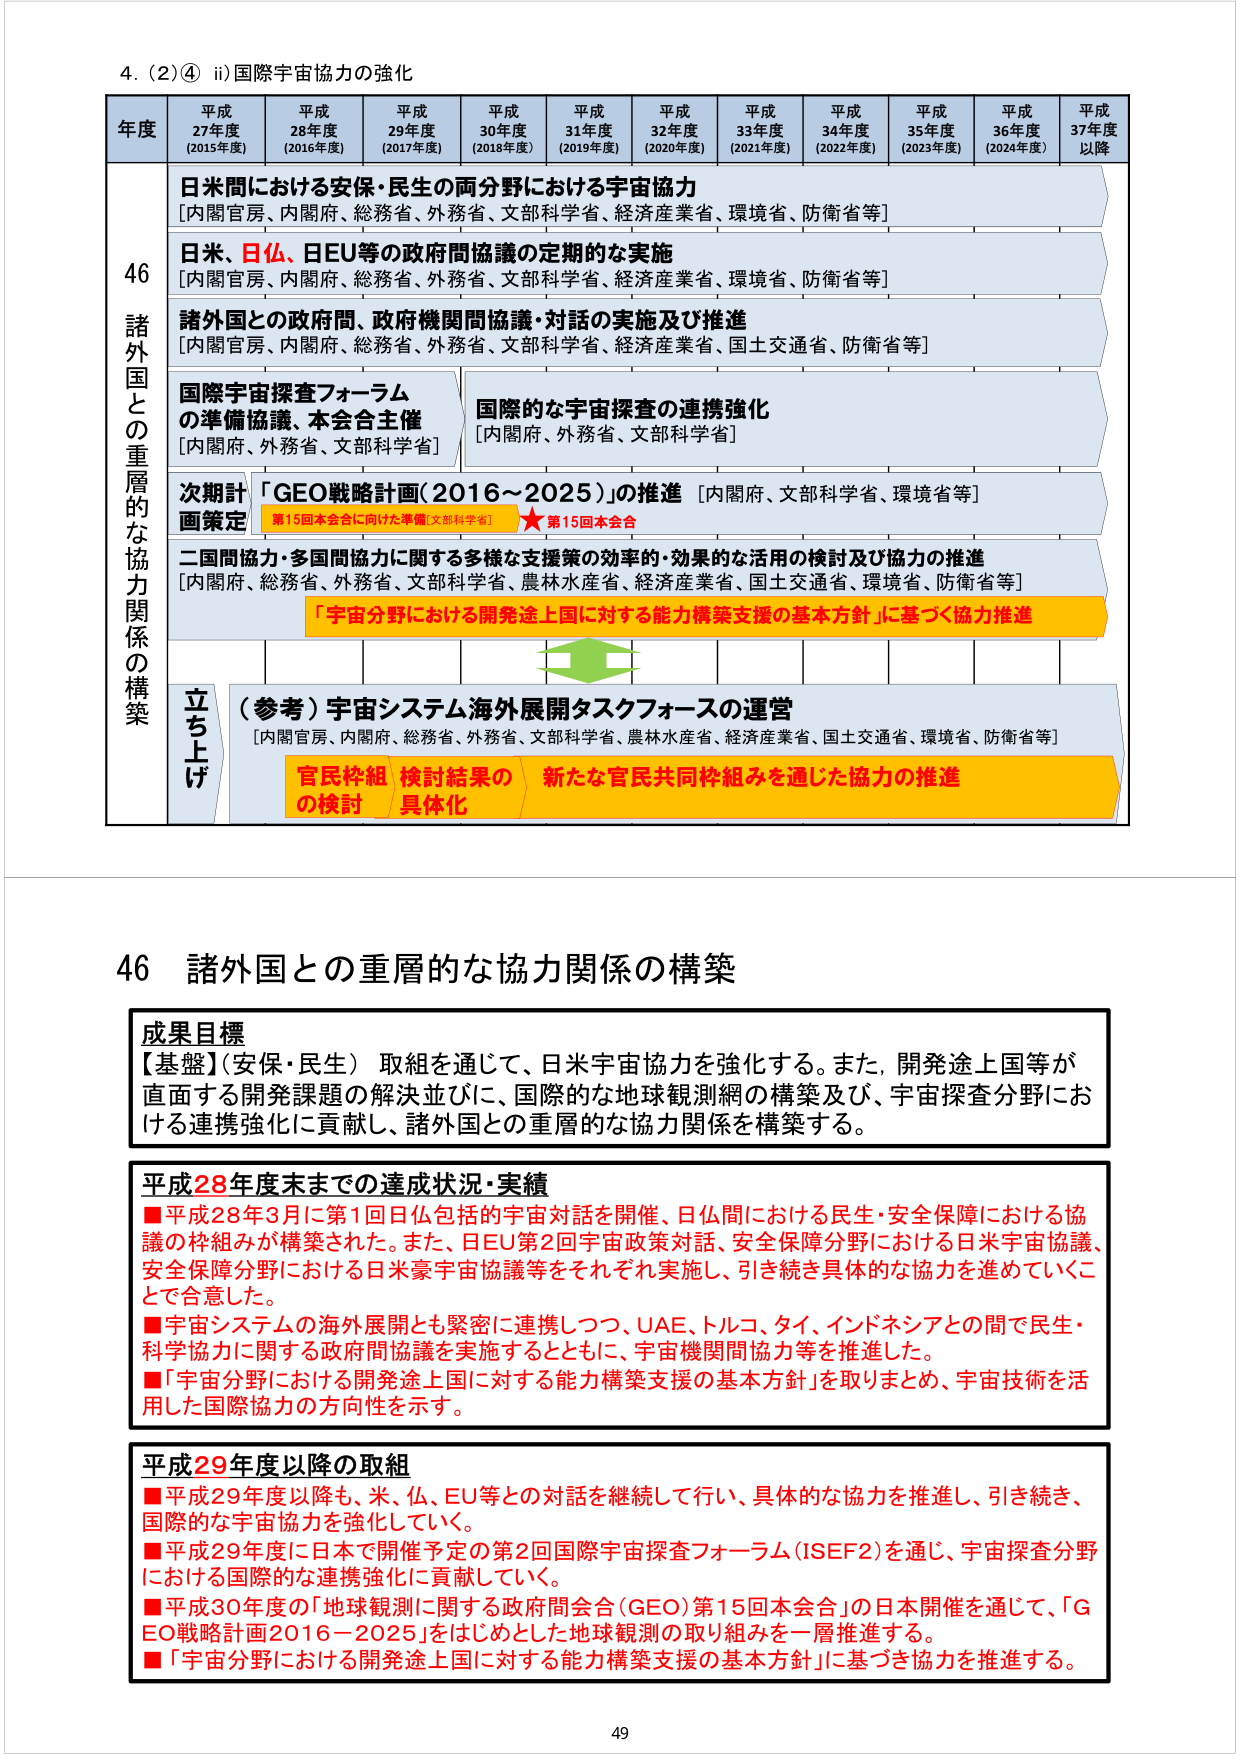
4. (2)④ ii) 国際宇宙協力の強化

年度 平成27年度 (2015年度) 平成28年度 (2016年度) 平成29年度 (2017年度) 平成30年度 (2018年度) 平成31年度 (2019年度) 平成32年度 (2020年度) 平成33年度 (2021年度) 平成34年度 (2022年度) 平成35年度 (2023年度) 平成36年度 (2024年度) 平成37年度以降

46 諸外国との重層的な協力関係の構築

日米間における安保・民生の両分野における宇宙協力 [内閣官房、内閣府、総務省、外務省、文部科学省、経済産業省、環境省、防衛省等]

日米、日仏、日EU等の政府間協議の定期的な実施 [内閣官房、内閣府、総務省、外務省、文部科学省、経済産業省、環境省、防衛省等]

諸外国との政府間、政府機関間協議・対話の実施及び推進 [内閣官房、内閣府、総務省、外務省、文部科学省、経済産業省、国土交通省、防衛省等]

国際宇宙探査フォーラムの準備協議、本会合主催 [内閣府、外務省、文部科学省]

国際的な宇宙探査の連携強化 [内閣府、外務省、文部科学省]

次期計画策定 「GEO戦略計画(2016～2025)」の推進 [内閣府、文部科学省、環境省等] 第15回本会合に向けた準備[文部科学省] ★第15回本会合

二国間協力・多国間協力に関する多様な支援策の効率的・効果的な活用の検討及び協力の推進 [内閣府、総務省、外務省、文部科学省、農林水産省、経済産業省、国土交通省、環境省、防衛省等] 「宇宙分野における開発途上国に対する能力構築支援の基本方針」に基づく協力推進

立ち上げ （参考）宇宙システム海外展開タスクフォースの運営 [内閣官房、内閣府、総務省、外務省、文部科学省、農林水産省、経済産業省、国土交通省、環境省、防衛省等] 官民枠組の検討 検討結果の具体化 新たな官民共同枠組みを通じた協力の推進

46 諸外国との重層的な協力関係の構築

成果目標
【基盤】(安保・民生) 取組を通じて、日米宇宙協力を強化する。また、開発途上国等が直面する開発課題の解決並びに、国際的な地球観測網の構築及び、宇宙探査分野における連携強化に貢献し、諸外国との重層的な協力関係を構築する。

平成28年度末までの達成状況・実績
■平成28年3月に第1回日仏包括的宇宙対話を開催、日仏間における民生・安全保障における協議の枠組みが構築された。また、日EU第2回宇宙政策対話、安全保障分野における日米宇宙協議、安全保障分野における日米豪宇宙協議等をそれぞれ実施し、引き続き具体的な協力を進めていくことで合意した。
■宇宙システムの海外展開とも緊密に連携しつつ、UAE、トルコ、タイ、インドネシアとの間で民生・科学協力に関する政府間協議を実施するとともに、宇宙機関間協力等を推進した。
■「宇宙分野における開発途上国に対する能力構築支援の基本方針」を取りまとめ、宇宙技術を活用した国際協力の方向性を示す。

平成29年度以降の取組
■平成29年度以降も、米、仏、EU等との対話を継続して行い、具体的な協力を推進し、引き続き、国際的な宇宙協力を強化していく。
■平成29年度に日本で開催予定の第2回国際宇宙探査フォーラム（ISEF2）を通じ、宇宙探査分野における国際的な連携強化に貢献していく。
■平成30年度の「地球観測に関する政府間会合（GEO）第15回本会合」の日本開催を通じて、「GEO戦略計画2016－2025」をはじめとした地球観測の取り組みを一層推進する。
■「宇宙分野における開発途上国に対する能力構築支援の基本方針」に基づき協力を推進する。

49